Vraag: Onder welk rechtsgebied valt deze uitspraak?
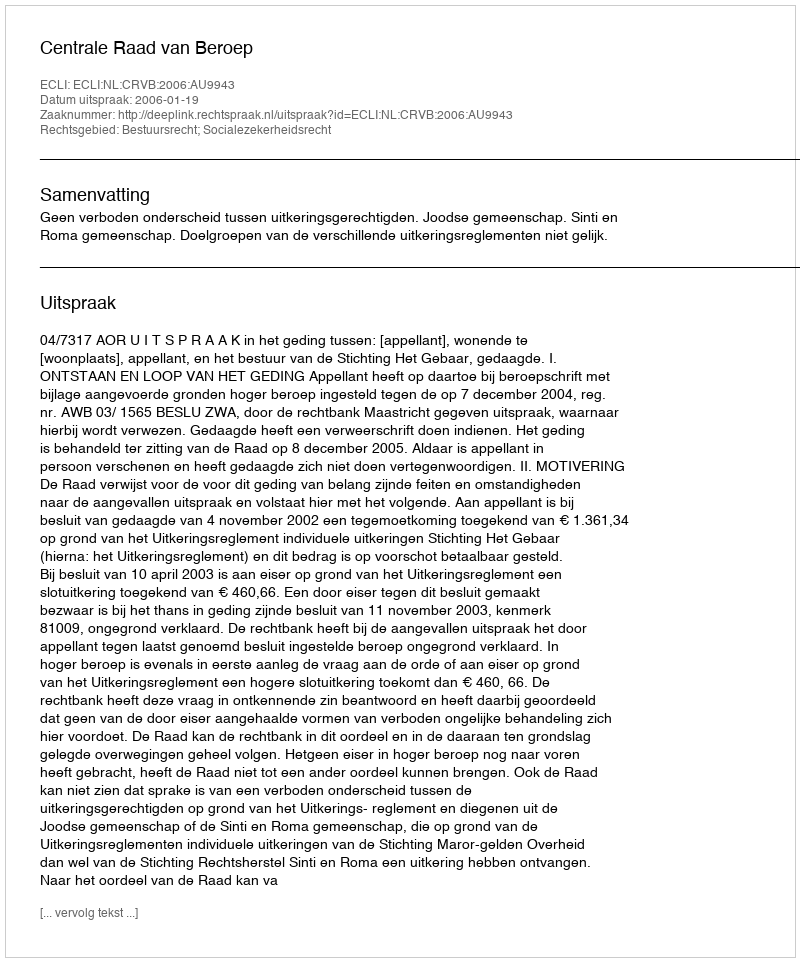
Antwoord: Bestuursrecht; Socialezekerheidsrecht